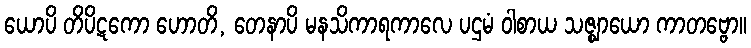
ယောပိ တိပိဋကော ဟောတိ, တေနာပိ မနသိကာရကာလေ ပဌမံ ဝါစာယ သဇ္ဈာယော ကာတဗ္ဗော။